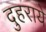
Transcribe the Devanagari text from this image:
दुहराये